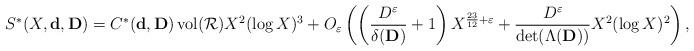
LaTeX: \begin{align*}S^*(X,\mathbf{d},\mathbf{D})=C^*(\mathbf{d},\mathbf{D})\operatorname{vol}(\mathcal{R})X^2(\log X)^3 +O_{\varepsilon}\left(\left(\frac{D^\varepsilon}{\delta(\mathbf{D})}+1\right)X^{\frac{23}{12}+\varepsilon}+\frac{D^\varepsilon }{\operatorname{det}(\Lambda(\mathbf{D}))}X^2(\log X)^2\right),\end{align*}